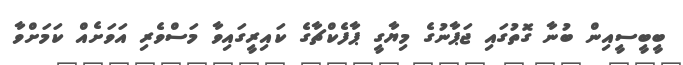
ބީބީސީއިން ބުނާ ގޮތުގައި ޖަޕާނުގެ މިޔާގީ ޕާފެކްޗާގެ ކައިރީގައިވާ މަސްވެރި އަވަށެއް ކަމަށްވާ